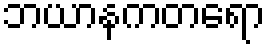
ဘယာနကတရော